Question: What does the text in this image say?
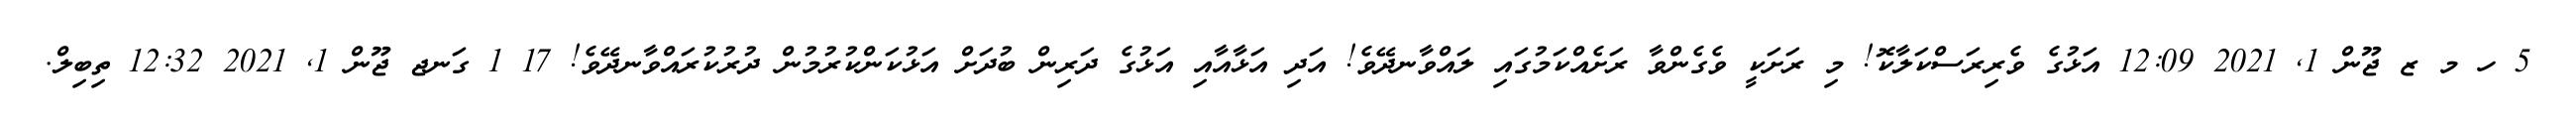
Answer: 5 ހ މ ޒ ޖޫން 1, 2021 12:09 އަޅުގެ ވެރިރަސްކަލާކޮ! މި ރަށަކީ ވެގެންވާ ރަށެއްކަމުގައި ލައްވާނދޭވެ! އަދި އަޅާއާއި އަޅުގެ ދަރިން ބުދަށް އަޅުކަންކުރުމުން ދުރުކުރައްވާނދޭވެ! 17 1 ގަނޖ ޖޫން 1, 2021 12:32 ތިބިލް.